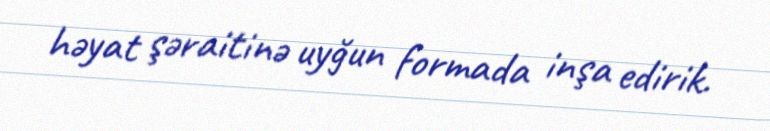
həyat şəraitinə uyğun formada inşa edirik.